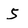
Character: 5